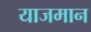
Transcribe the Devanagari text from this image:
याजमान